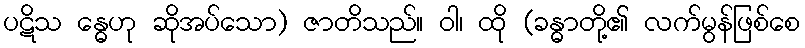
ပဋိသ န္ဓေဟု ဆိုအပ်သော) ဇာတိသည်။ ဝါ၊ ထို (ခန္ဓာတို့၏ လက်မွန်ဖြစ်စေ